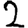
Digit: 2